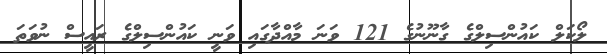
ލޯކަލް ކައުންސިލްގެ ގާނޫނުގެ 121 ވަނަ މާއްދާގައި ވަނީ ކައުންސިލްގެ ރައީސް ނުވަތަ